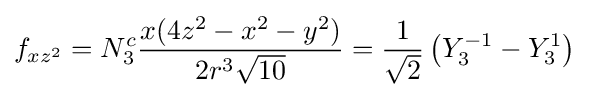
f_{xz^{2}}=N_{3}^{c}{\frac {x(4z^{2}-x^{2}-y^{2})}{2r^{3}{\sqrt {10}}}}={\frac {1}{\sqrt {2}}}\left(Y_{3}^{-1}-Y_{3}^{1}\right)